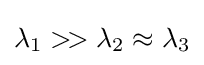
\lambda _{1}>\!>\lambda _{2}\approx \lambda _{3}